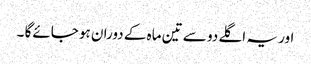
اور یہ اگلے دو سے تین ماہ کے دوران ہو جائےگا ۔